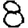
Digit: 8